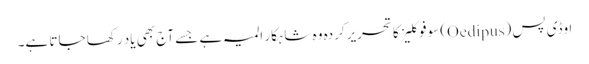
اوڈی پس (Oedipus) سوفوکلیز کا تحریرکردہ وہ شاہکار المیہ ہے جسے آج بھی یاد رکھا جاتا ہے۔